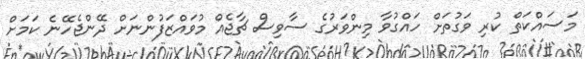
މަސައްކަތް ކުރި ވަގުތަށް ހައްގުވާ މިންވަރުގެ ސާވިސް ޗާޖެއް މުވައްޒަފުންނަށް ދޭންޖެހޭނެ ކަމަށް